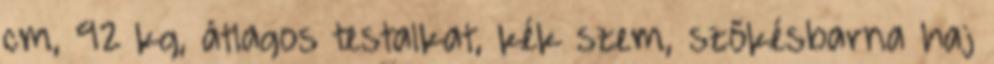
cm, 92 kg, átlagos testalkat, kék szem, szőkésbarna haj